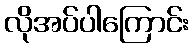
လိုအပ်ပါကြောင်း